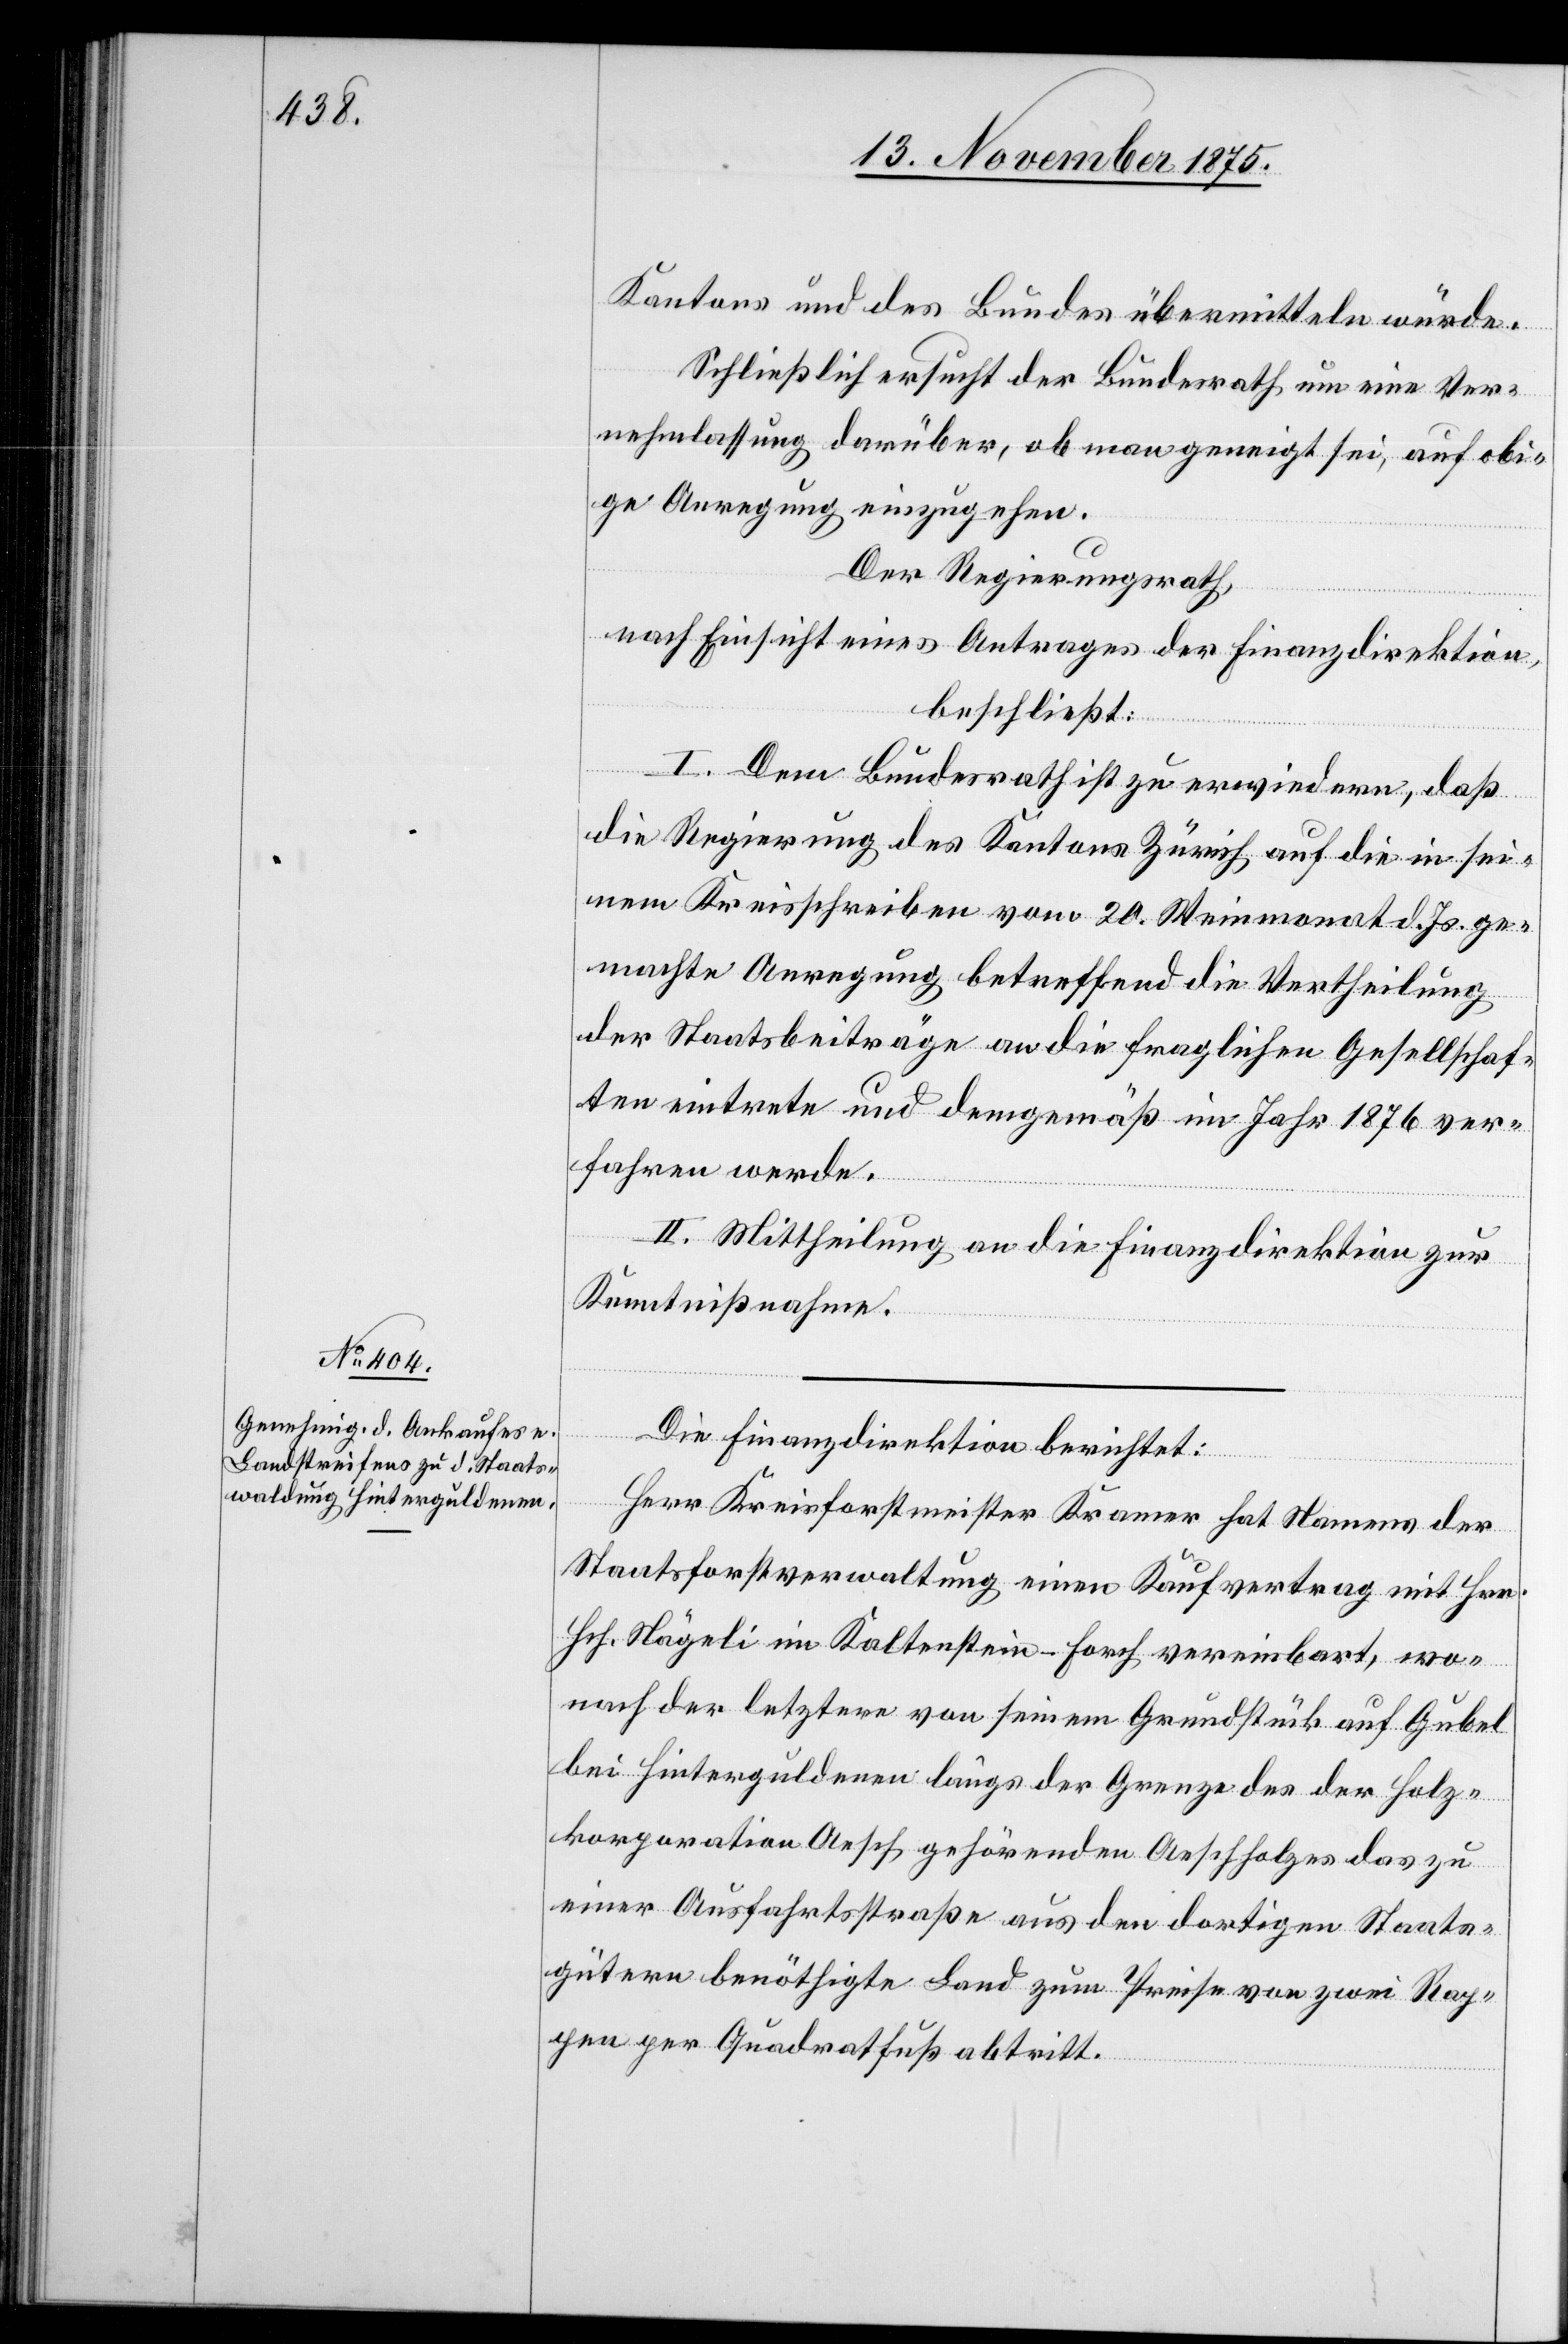
Kantons und des Bundes übermitteln würde.
Schließlich ersucht der Bundesrath um eine Ver¬
nehmlassung darüber, ob man geneigt sei auf obi¬
ge Anregung einzugehen.
Der Regierungsrath,
nach Einsicht eines Antrages der Finanzdirektion,
beschließt:
I. Dem Bundesrath ist zu erwiedern, daß
die Regierung des Kantons Zürich auf die in sei¬
nem Kreisschreiben vom 20. Weinmonat d. Js. ge¬
machte Anregung betreffend die Vertheilung
der Staatsbeiträge an die fraglichen Gesellschaf¬
ten eintrete und demgemäß im Jahr 1876 ver¬
fahren werde.
II. Mittheilung an die Finanzdirektion zur
Kenntnißnahme.
Die Finanzdirektion berichtet:
Herr Kreisforstmeister Kramer hat Namens der
Staatsforstverwaltung einen Kaufvertrag mit Hrn.
Hch. Nägeli im Kaltenstein - Forch vereinbart, wo¬
nach der letztere von seinem Grundstück auf Gubel
bei Hinterguldenen längs der Grenze des der Holz¬
korporation Aesch gehörenden Aeschholzes das zu
einer Ausfahrtstraße aus den dortigen Staats¬
gütern benöthigte Land zum Preise von zwei Rap¬
pen per Quadratfuß abtritt.